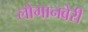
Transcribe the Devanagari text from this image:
लोगानबेरी